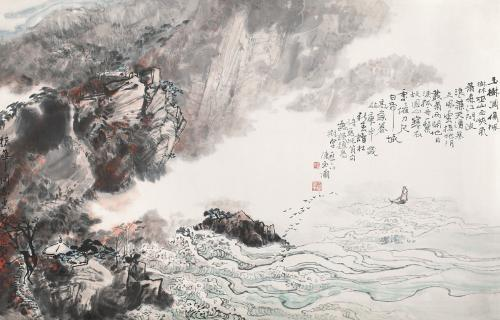
丛菊两开他日泪，孤舟一系故园心。